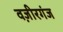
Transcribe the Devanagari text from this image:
वज़ीरगंज